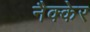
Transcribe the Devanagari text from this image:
नैक्केर